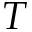
T